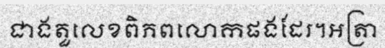
ជាងតួលេខពិភពលោកផងដែរ។អត្រា